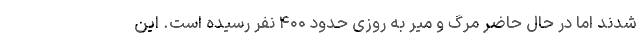
شدند اما در حال حاضر مرگ و میر به روزی حدود ۴۰۰ نفر رسیده است. این